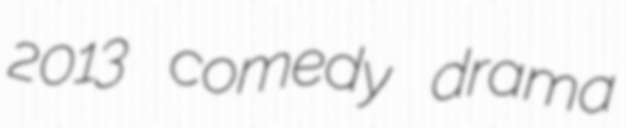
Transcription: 2013 comedy drama